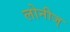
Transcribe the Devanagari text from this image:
लोनीज्